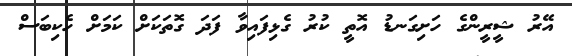
އޭރު ޝީރީންގެ ހަށިގަނޑު އޮތީ ކުރު ގެޅިފައިވާ ފަދަ ގޮތަކަށް ކަމަށް ހެކިބަސް